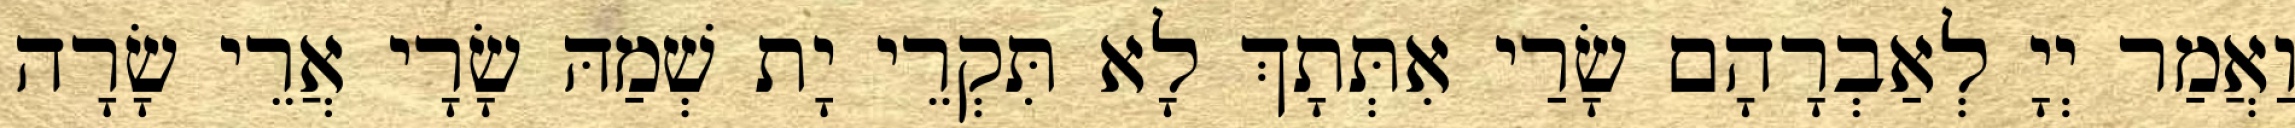
וַאֲמַר יְיָ לְאַבְרָהָם שָׂרַי אִתְּתָךְ לָא תִּקְרֵי יָת שְׁמַהּ שָׂרָי אֲרֵי שָׂרָה